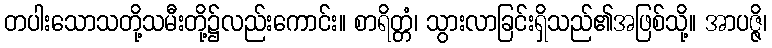
တပါးသောသတို့သမီးတို့၌လည်းကောင်း။ စာရိတ္တံ၊ သွားလာခြင်းရှိသည်၏အဖြစ်သို့။ အာပဇ္ဇိ၊